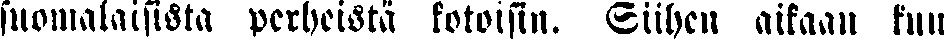
suomalaisista perheistä kotoisin. Siihen aikaan kun